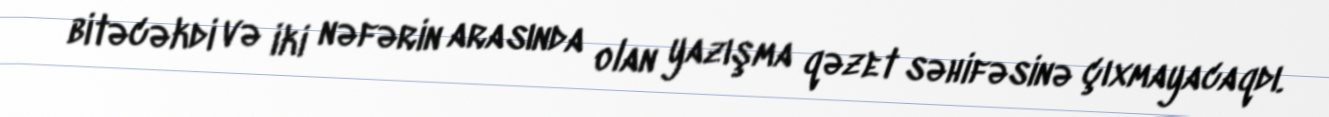
bitəcəkdi və iki nəfərin arasında olan yazışma qəzet səhifəsinə çıxmayacaqdı.